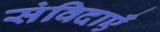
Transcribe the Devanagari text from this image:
संविदाएँ